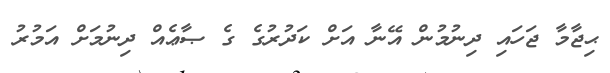
ޙިޖާމާ ޖަހައި ދިނުމުން އޭނާ އަށް ކަދުރުގެ ގެ ޞާޢެއް ދިނުމަށް އަމުރު